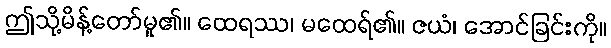
ဤသို့မိန့်တော်မူ၏။ ထေရဿ၊ မထေရ်၏။ ဇယံ၊ အောင်ခြင်းကို။